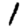
Digit: 1